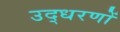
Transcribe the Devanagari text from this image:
उद्‍धरणों